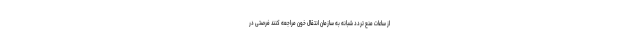
از ساعات منع تردد شبانه به سازمان انتقال خون مراجعه کنند فرصتی در